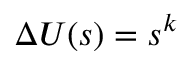
\Delta U ( s ) = s ^ { k }